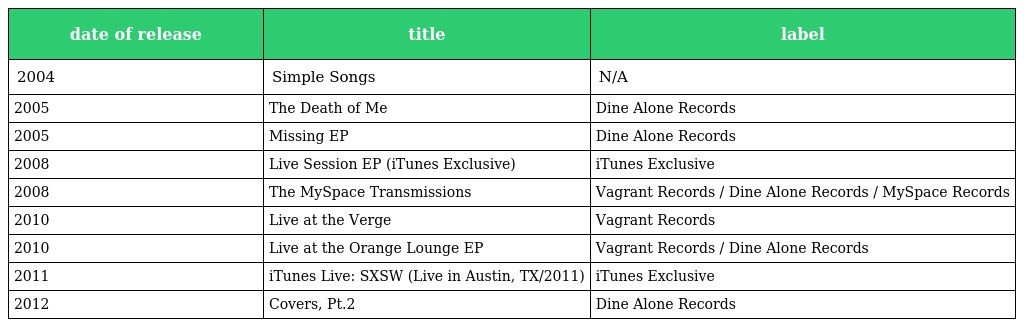
| date of release | title | label |
 | --- | --- | --- |
 | 2004 | Simple Songs | N/A |
 | 2005 | The Death of Me | Dine Alone Records |
 | 2005 | Missing EP | Dine Alone Records |
 | 2008 | Live Session EP (iTunes Exclusive) | iTunes Exclusive |
 | 2008 | The MySpace Transmissions | Vagrant Records / Dine Alone Records / MySpace Records |
 | 2010 | Live at the Verge | Vagrant Records |
 | 2010 | Live at the Orange Lounge EP | Vagrant Records / Dine Alone Records |
 | 2011 | iTunes Live: SXSW (Live in Austin, TX/2011) | iTunes Exclusive |
 | 2012 | Covers, Pt.2 | Dine Alone Records |